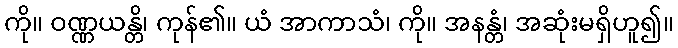
ကို။ ဝဏ္ဏယန္တိ၊ ကုန်၏။ ယံ အာကာသံ၊ ကို။ အနန္တံ၊ အဆုံးမရှိဟူ၍။